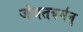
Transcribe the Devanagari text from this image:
जंयतवर्मन्